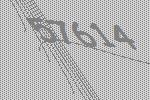
57614